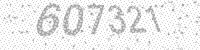
Solution: 607321